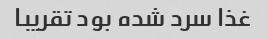
غذا سرد شده بود تقریبا